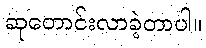
ဆုတောင်းလာခဲ့တာပါ။